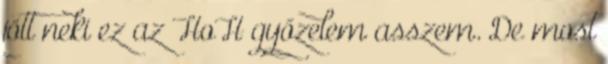
jött neki ez az HoH győzelem asszem. De most